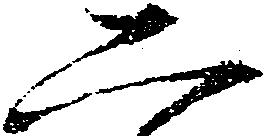
二